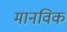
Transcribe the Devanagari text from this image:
मानविक